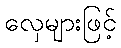
လှေများဖြင့်